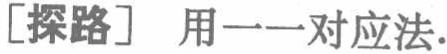
[探路] 用一一对应法.